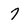
Character: 7